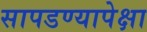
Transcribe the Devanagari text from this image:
सापडण्यापेक्षा